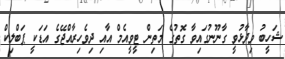
ޝަހީބު ވިދާޅުވީ ގާނޫނުގައިވާ ގޮތުގެ މަތިން ޓީވީއެމް އާއި ދިވެހިރާއްޖޭގެ އަޑަކީ ޕަބްލިކް